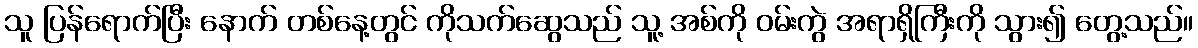
သူ ပြန်ရောက်ပြီး နောက် တစ်နေ့တွင် ကိုသက်ဆွေသည် သူ့ အစ်ကို ဝမ်းကွဲ အရာရှိကြီးကို သွား၍ တွေ့သည်။